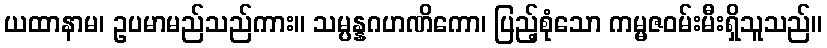
ယထာနာမ၊ ဥပမာမည်သည်ကား။ သမ္ပန္နဂဟဏိကော၊ ပြည့်စုံသော ကမ္မဇဝမ်းမီးရှိသူသည်။